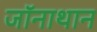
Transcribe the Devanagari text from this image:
जॉनाथान